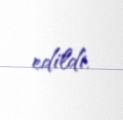
edildi.